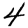
Digit: 4